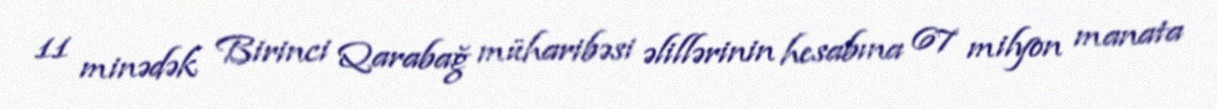
11 minədək Birinci Qarabağ müharibəsi əlillərinin hesabına 67 milyon manata